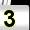
Digit: 3